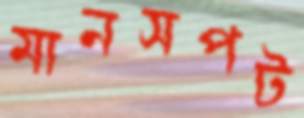
মানসপট